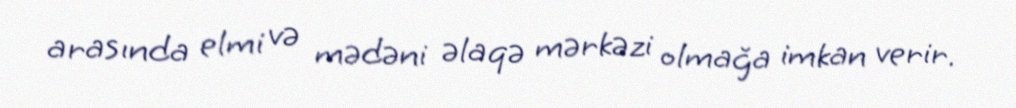
arasında elmi və mədəni əlaqə mərkəzi olmağa imkan verir.